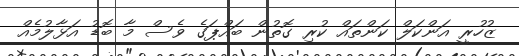
ޒުހުރީ އަންކަލް ކަންތައް ކުރި ގޮތުން ބައްޕަގެ ވެސް މާ ބޮޑު އަޅާލުމެއް